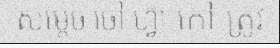
សម្តេច ចៅ ហ្វ៊ា កៅ ត្រូវ